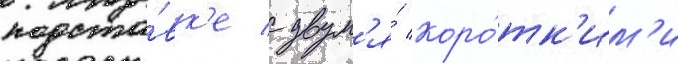
подста́вк'е с двум'я́ коро́тк'им'и